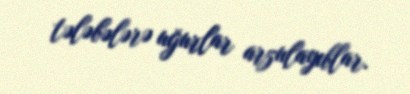
tələbələrə uğurlar arzulayıblar.